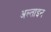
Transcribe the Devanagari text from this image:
अल्ताइन